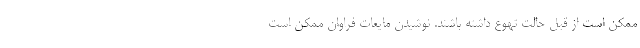
ممکن است از قبل حالت تهوع داشته باشند. نوشیدن مایعات فراوان ممکن است